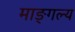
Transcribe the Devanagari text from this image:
माङ्गल्य